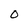
Character: 0